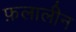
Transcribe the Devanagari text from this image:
फ़लालीन